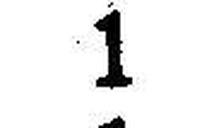
1